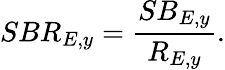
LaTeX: SBR_{E,y}=\frac{SB_{E,y}}{R_{E,y}}.